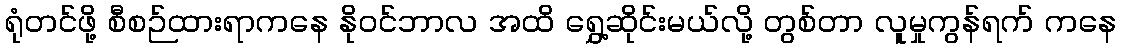
ရုံတင်ဖို့ စီစဉ်ထားရာကနေ နိုဝင်ဘာလ အထိ ရွှေ့ဆိုင်းမယ်လို့ တွစ်တာ လူမှုကွန်ရက် ကနေ